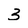
Character: 3